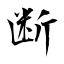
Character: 断